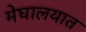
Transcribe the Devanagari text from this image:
मेघालयात